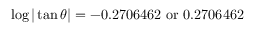
\log | \tan \theta | = - 0 . 2 7 0 6 4 6 2 { \mathrm { ~ o r ~ } } 0 . 2 7 0 6 4 6 2